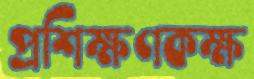
প্রশিক্ষণকক্ষ